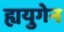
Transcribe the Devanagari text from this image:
ह्ययुगेन